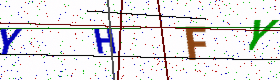
Text: YHFY